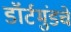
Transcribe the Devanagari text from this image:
डॉर्टमुंडचे